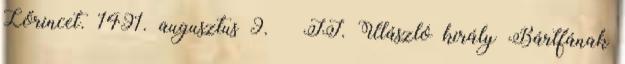
Lőrincet. 1491. augusztus 9. – II. Ulászló király Bártfának